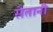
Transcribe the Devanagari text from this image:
सैतानी